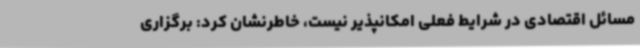
مسائل اقتصادی در شرایط فعلی امکانپذیر نیست، خاطرنشان کرد: برگزاری